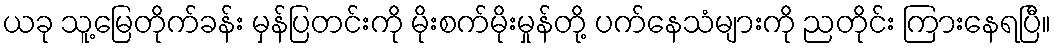
ယခု သူ့မြေတိုက်ခန်း မှန်ပြတင်းကို မိုးစက်မိုးမှုန်တို့ ပက်နေသံများကို ညတိုင်း ကြားနေရပြီ။